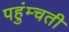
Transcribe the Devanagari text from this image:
पहुंम्चती